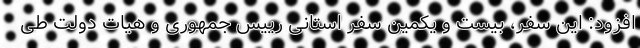
افزود: این سفر، بیست و یکمین سفر استانی رییس جمهوری و هیات دولت طی